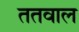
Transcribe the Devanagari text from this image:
ततवाल